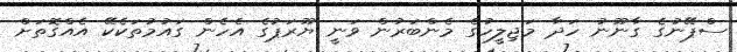
ސްޕޭނުގެ ގާނޫނު ހަދާ މަޖިލީހުގެ މެންބަރުން ވަނީ ޔޫރަޕުގެ އެހެން ގައުމުތަކެކޭ އެއްގޮތަށް